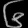
Digit: ၆